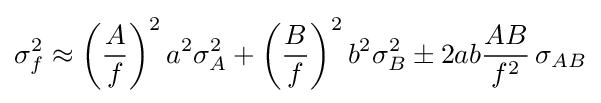
\sigma _{f}^{2}\approx \left({\frac {A}{f}}\right)^{2}a^{2}\sigma _{A}^{2}+\left({\frac {B}{f}}\right)^{2}b^{2}\sigma _{B}^{2}\pm 2ab{\frac {AB}{f^{2}}}\,\sigma _{AB}